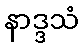
နာဒ္ဒသံ